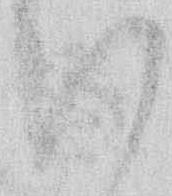
い